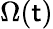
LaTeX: \Omega(\mathsf{t})